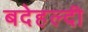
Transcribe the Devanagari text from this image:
बदेहल्दी